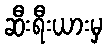
ဆီးရီးယားမှ